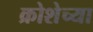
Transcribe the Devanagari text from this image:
क्रोशेच्या